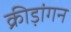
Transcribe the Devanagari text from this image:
क्रीड़ांगन